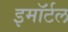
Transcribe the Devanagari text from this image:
इमॉर्टल